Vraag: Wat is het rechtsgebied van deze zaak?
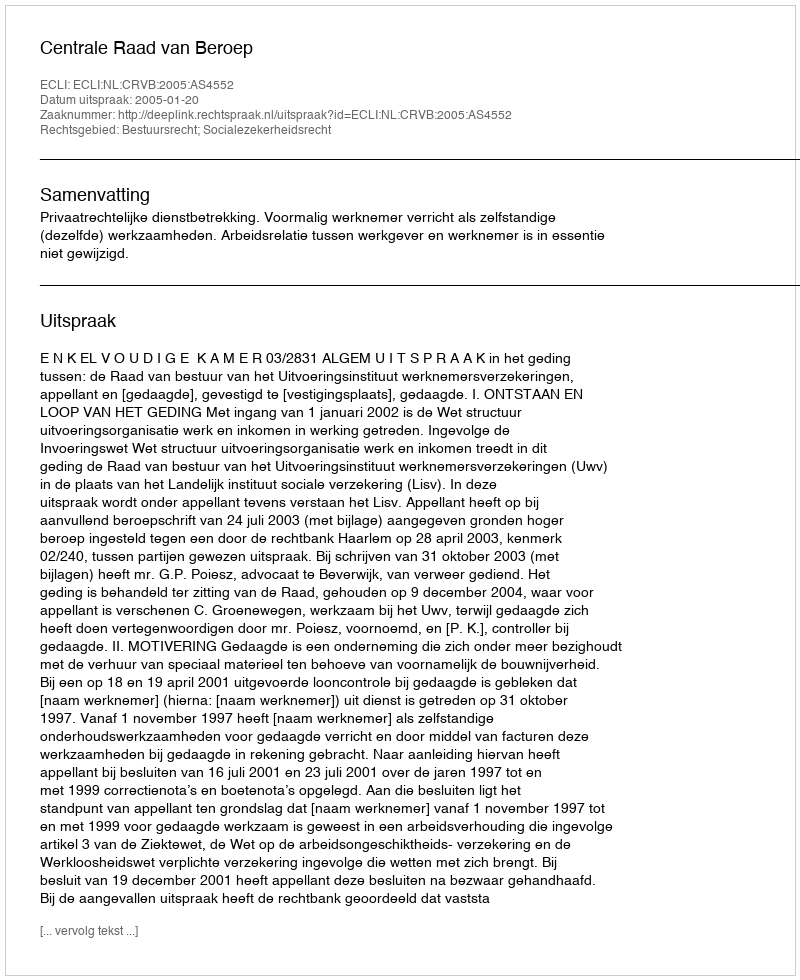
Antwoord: Bestuursrecht; Socialezekerheidsrecht